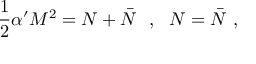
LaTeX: \frac { 1 } { 2 } \alpha ^ { \prime } M ^ { 2 } = N + \bar { N } \ \ , \ \ N = \bar { N } \ ,